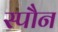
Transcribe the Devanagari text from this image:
स्पौन